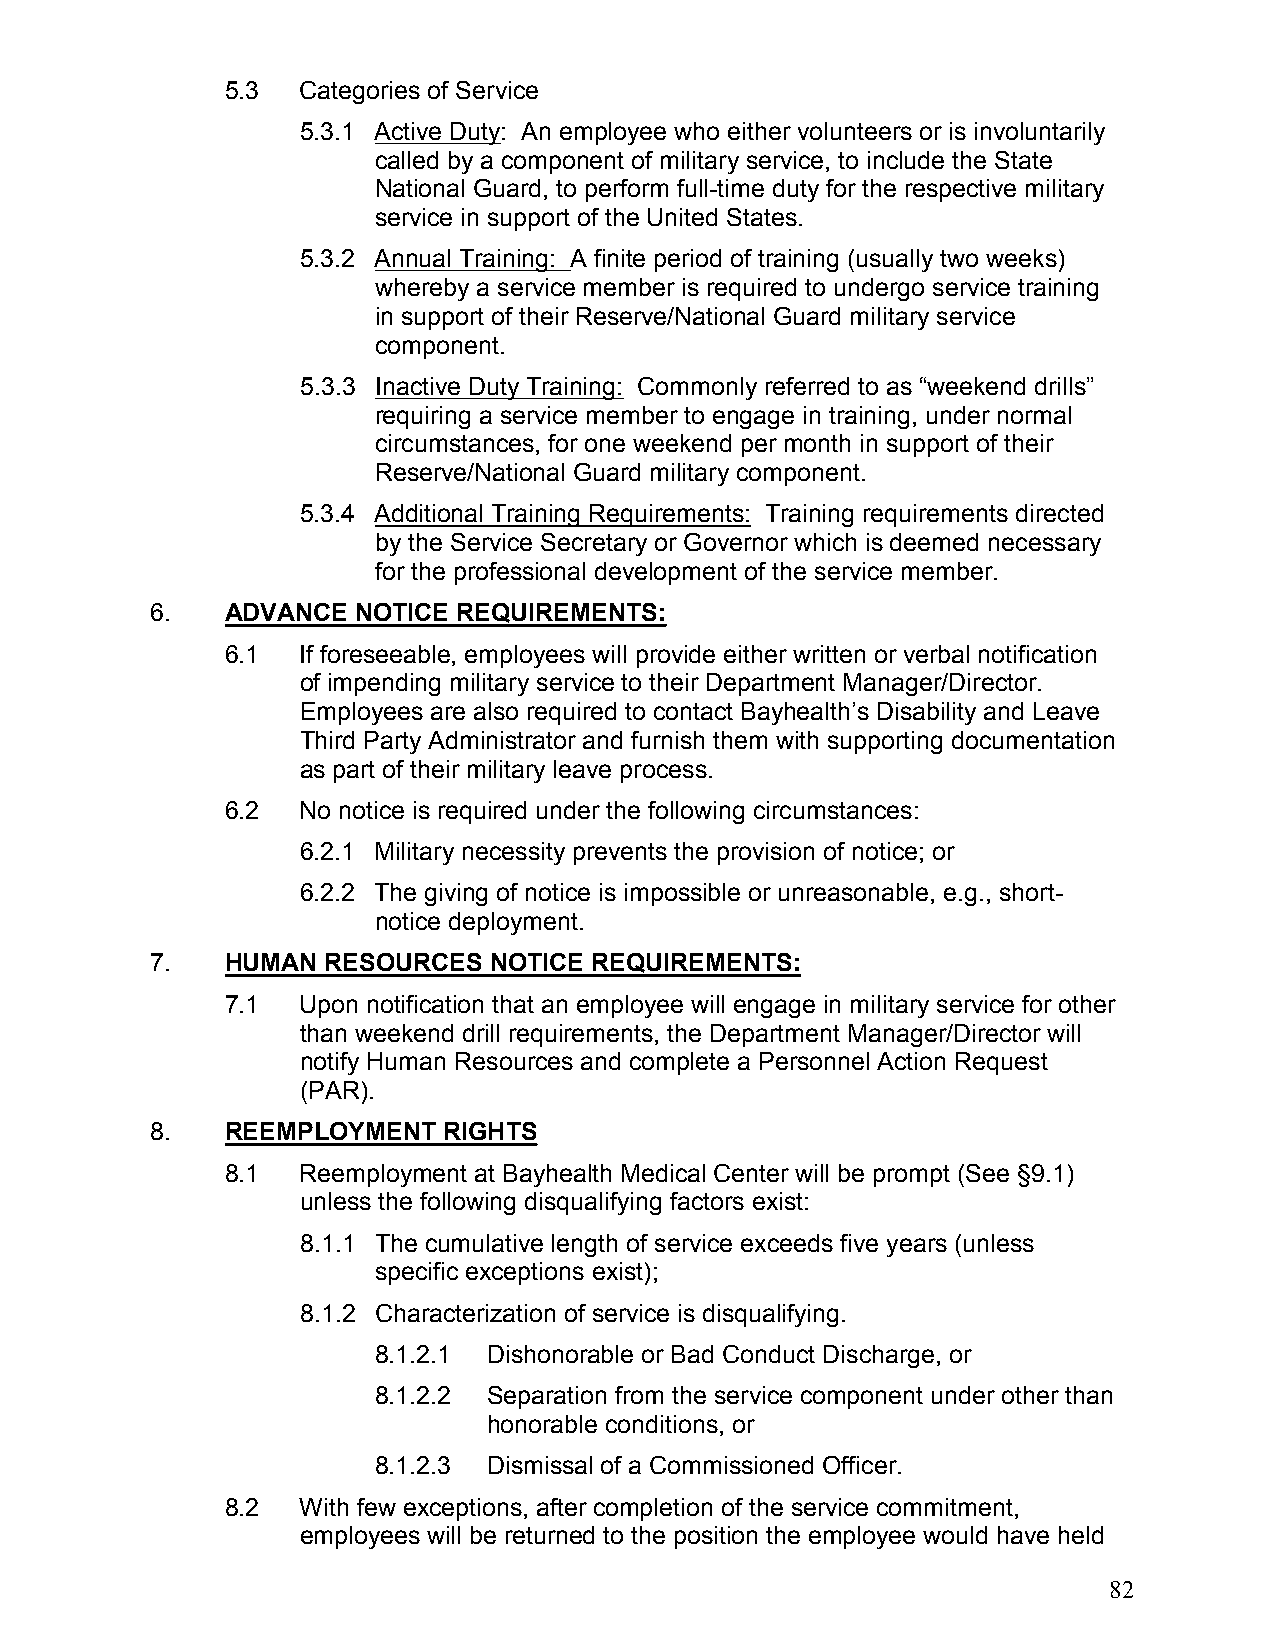
7-02-17
 5.3  Categories of Service
 5.3.1 Active Duty: An employee who either volunteers or is involuntarily
 called by a component of military service, to include the State
 National Guard, to perform full-time duty for the respective military
 service in support of the United States.
 5.3.2 Annual Training: A finite period of training (usually two weeks)
 whereby a service member is required to undergo service training
 in support of their Reserve/National Guard military service
 component.
 5.3.3 Inactive Duty Training: Commonly referred to as “weekend drills”
 requiring a service member to engage in training, under normal
 circumstances, for one weekend per month in support of their
 Reserve/National Guard military component.
 5.3.4 Additional Training Requirements: Training requirements directed
 by the Service Secretary or Governor which is deemed necessary
 for the professional development of the service member.
 6.   ADVANCE  NOTICE REQUIREMENTS:
 6.1  If foreseeable, employees will provide either written or verbal notification
 of impending military service to their Department Manager/Director.
 Employees are also required to contact Bayhealth’s Disability and Leave
 Third Party Administrator and furnish them with supporting documentation
 as part of their military leave process.
 6.2  No notice is required under the following circumstances:
 6.2.1 Military necessity prevents the provision of notice; or
 6.2.2 The giving of notice is impossible or unreasonable, e.g., short-
 notice deployment.
 7.   HUMAN  RESOURCES NOTICE REQUIREMENTS:
 7.1  Upon notification that an employee will engage in military service for other
 than weekend drill requirements, the Department Manager/Director will
 notify Human Resources and complete a Personnel Action Request
 (PAR).
 8.   REEMPLOYMENT  RIGHTS
 8.1  Reemployment at Bayhealth Medical Center will be prompt (See §9.1)
 unless the following disqualifying factors exist:
 8.1.1 The cumulative length of service exceeds five years (unless
 specific exceptions exist);
 8.1.2 Characterization of service is disqualifying.
 8.1.2.1 Dishonorable or Bad Conduct Discharge, or
 8.1.2.2 Separation from the service component under other than
 honorable conditions, or
 8.1.2.3 Dismissal of a Commissioned Officer.
 8.2  With few exceptions, after completion of the service commitment,
 employees will be returned to the position the employee would have held
 82